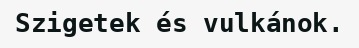
Szigetek és vulkánok.